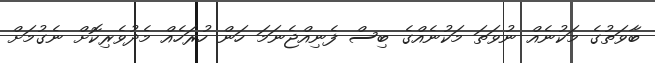
ބާވަތުގެ މަކުނެއް ނުވަތަ މަކުނެއްގެ ބިސް ފެނިއްޖެނަމަ ހަން ހުރަހެއް މެދުވެރިކޮށް ނެގުމަށް